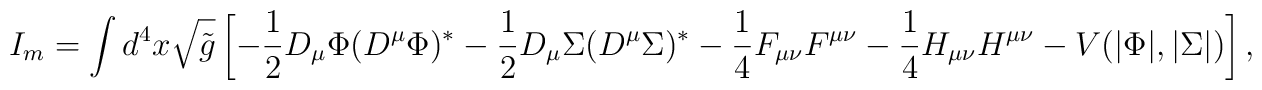
I_m = \int d^4x \sqrt{{\tilde g}}\left[-\frac{1}{2}D_{\mu}\Phi(D^{\mu}\Phi)^* - \frac{1}{2}D_{\mu} \Sigma (D^{\mu}\Sigma)^* - \frac{1}{4}F_{\mu \nu}F^{\mu \nu} - \frac{1}{4}H_{\mu\nu}H^{\mu \nu} - V(|\Phi|, |\Sigma |)\right],